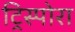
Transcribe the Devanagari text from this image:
ट्रिस्पोरा